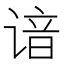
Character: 谙